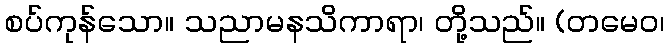
စပ်ကုန်သော။ သညာမနသိကာရာ၊ တို့သည်။ (တမေဝ၊